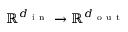
\mathbb { R } ^ { d _ { \mathrm { ~ i ~ n ~ } } } \rightarrow \mathbb { R } ^ { d _ { \mathrm { ~ o ~ u ~ t ~ } } }